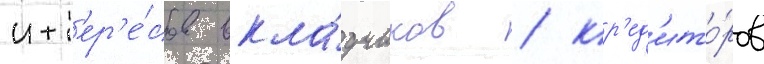
инт'ер'е́сов вкла́дчиков / кр'ед'ито́ров